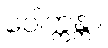
ဝေါက္ကန္တာ